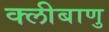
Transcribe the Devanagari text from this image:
क्लीबाणु